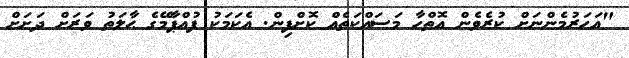
"އަހަރުމެންނަށް ކުރެވެން އޮތްހާ މަސައްކަތެއް ކޮށްފިން. އެކަމަކު ފުއްޕާމޭގެ ޙާލަތު ވަރަށް ދަށަށް